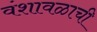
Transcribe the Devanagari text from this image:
वंशावळाची